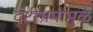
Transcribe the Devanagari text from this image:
दृष्टीभ्रमामुळे